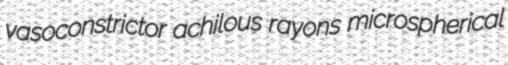
vasoconstrictor achilous rayons microspherical